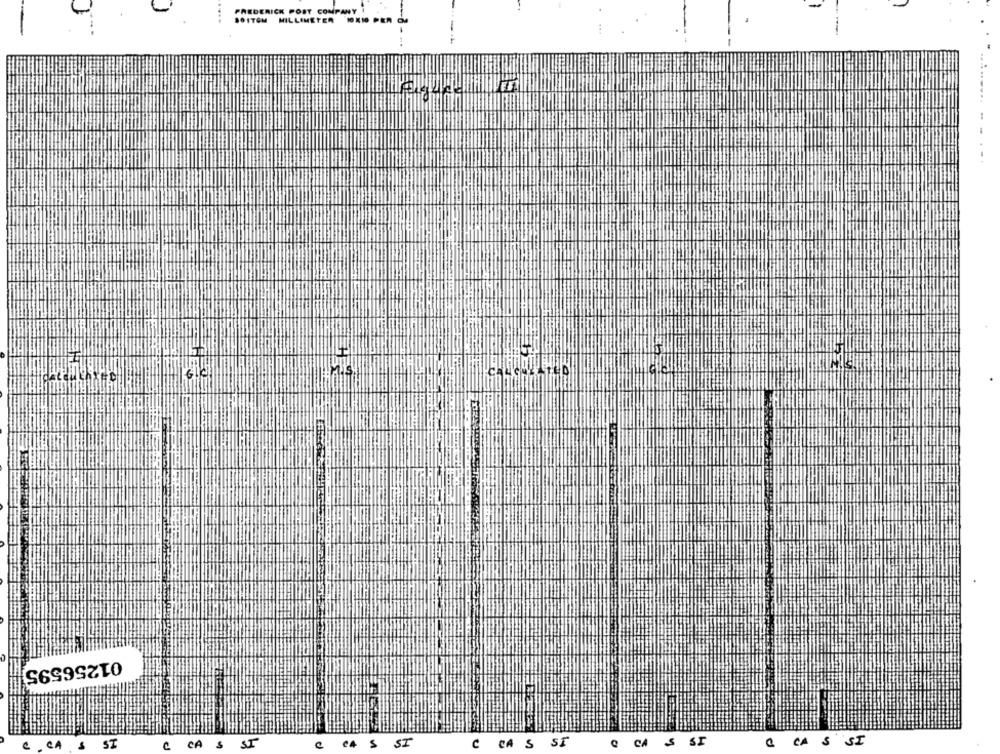
FREDERICK POST COMPANY I
.
SOITOM MILLIMETER 10410 PER OM
01256595
ST
& CA
e4
5
SI
CA S
ST
Q CA S SI
CA S SI